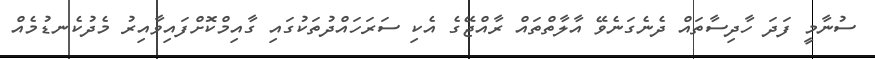
ސުނާމީ ފަދަ ހާދިސާތައް ދެނެގަނެވޭ އާލާތްތައް ރާއްޖޭގެ އެކި ސަރަހައްދުތަކުގައި ގާއިމްކޮށްފައިވާއިރު މެދުކެނޑުމެއް